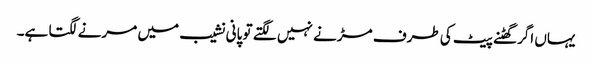
یہاں اگر گھٹنے پیٹ کی طرف مڑنے نہیں لگتے تو پانی نشیب میں مرنے لگتا ہے۔